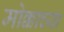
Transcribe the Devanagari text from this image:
मोक्काच्या